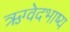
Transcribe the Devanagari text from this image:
ऋग्वेदभाष्य